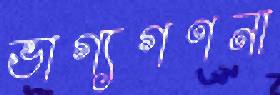
ভাগ্যগণনা